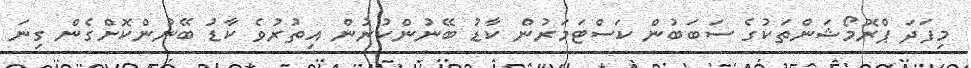
މިފަދަ ޕްރޮމޯޝަންތަކުގެ ސަބަބުން ކަސްޓަމަރުން ކާޑު ބޭނުންކުރުން އިތުރުވެ ކާޑު ބޭނުންކޮށްގެން ގިނަ